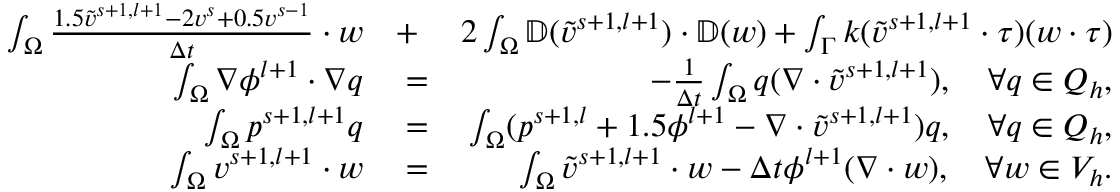
\begin{array} { r l r } { \int _ { \Omega } \frac { 1 . 5 \tilde { v } ^ { s + 1 , l + 1 } - 2 v ^ { s } + 0 . 5 v ^ { s - 1 } } { \Delta t } \cdot w } & { { } + } & { 2 \int _ { \Omega } \mathbb { D } ( \tilde { v } ^ { s + 1 , l + 1 } ) \cdot \mathbb { D } ( w ) + \int _ { \Gamma } k ( \tilde { v } ^ { s + 1 , l + 1 } \cdot \tau ) ( w \cdot \tau ) } \\ { \int _ { \Omega } \nabla \phi ^ { l + 1 } \cdot \nabla q } & { { } = } & { - \frac { 1 } { \Delta t } \int _ { \Omega } q ( \nabla \cdot \tilde { v } ^ { s + 1 , l + 1 } ) , \quad \forall q \in Q _ { h } , } \\ { \int _ { \Omega } p ^ { s + 1 , l + 1 } q } & { { } = } & { \int _ { \Omega } ( p ^ { s + 1 , l } + 1 . 5 \phi ^ { l + 1 } - \nabla \cdot \tilde { v } ^ { s + 1 , l + 1 } ) q , \quad \forall q \in Q _ { h } , } \\ { \int _ { \Omega } v ^ { s + 1 , l + 1 } \cdot w } & { { } = } & { \int _ { \Omega } \tilde { v } ^ { s + 1 , l + 1 } \cdot w - \Delta t \phi ^ { l + 1 } ( \nabla \cdot w ) , \quad \forall w \in V _ { h } . } \end{array}